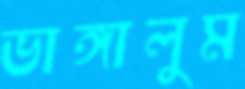
ভাঙ্গালুম